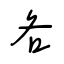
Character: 各